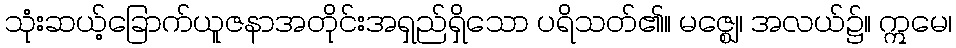
သုံးဆယ့်ခြောက်ယူဇနာအတိုင်းအရှည်ရှိသော ပရိသတ်၏။ မဇ္ဈေ၊ အလယ်၌။ ဣမေ၊